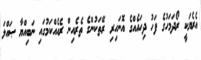
އެރެޔަކީ ރޯދަމަހުގެ ފަހު ދިހައެއްގެ އޮނަހިރި ރޭތަކުންގެ ތެރެއިން ރެއެއްކަމުގައި ނަބިއްޔާ ޞައްލަ